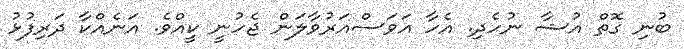
ބުނި ގޮތް އުޝާ ނުހެދި. އެހާ އަވަސްއަރުވާލަން ޖެހުނީ ކީއްވެ. އަނެއްކާ ދަރިފުޅު